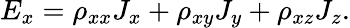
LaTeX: E_{x}=\rho_{xx}J_{x}+\rho_{xy}J_{y}+\rho_{xz}J_{z}.